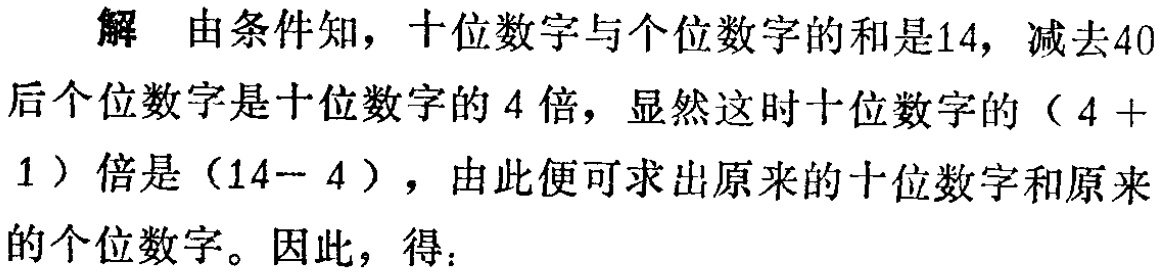
解 由条件知，十位数字与个位数字的和是14，减去40后个位数字是十位数字的4倍，显然这时十位数字的（4 + 1）倍是（14-- 4），由此便可求出原来的十位数字和原来的个位数字。因此，得：